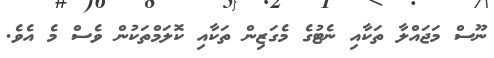
ނޫސް މަޖައްލާ ތަކާއި ނެޓުގެ މެގަޒިން ތަކާއި ކޮލަމްތަކުން ވެސް މެ އެވެ.